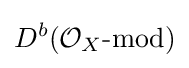
D^{b}({\mathcal {O}}_{X}{\text{-mod}})